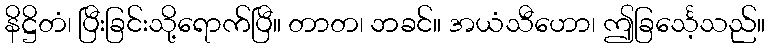
နိဋ္ဌိတံ၊ ပြီးခြင်းသို့ရောက်ပြီ။ တာတ၊ ဘခင်။ အယံသီဟော၊ ဤခြင်္သေ့သည်။